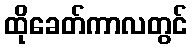
ထိုခေတ်ကာလတွင်